Tartu_kinnistusamet, lk 47
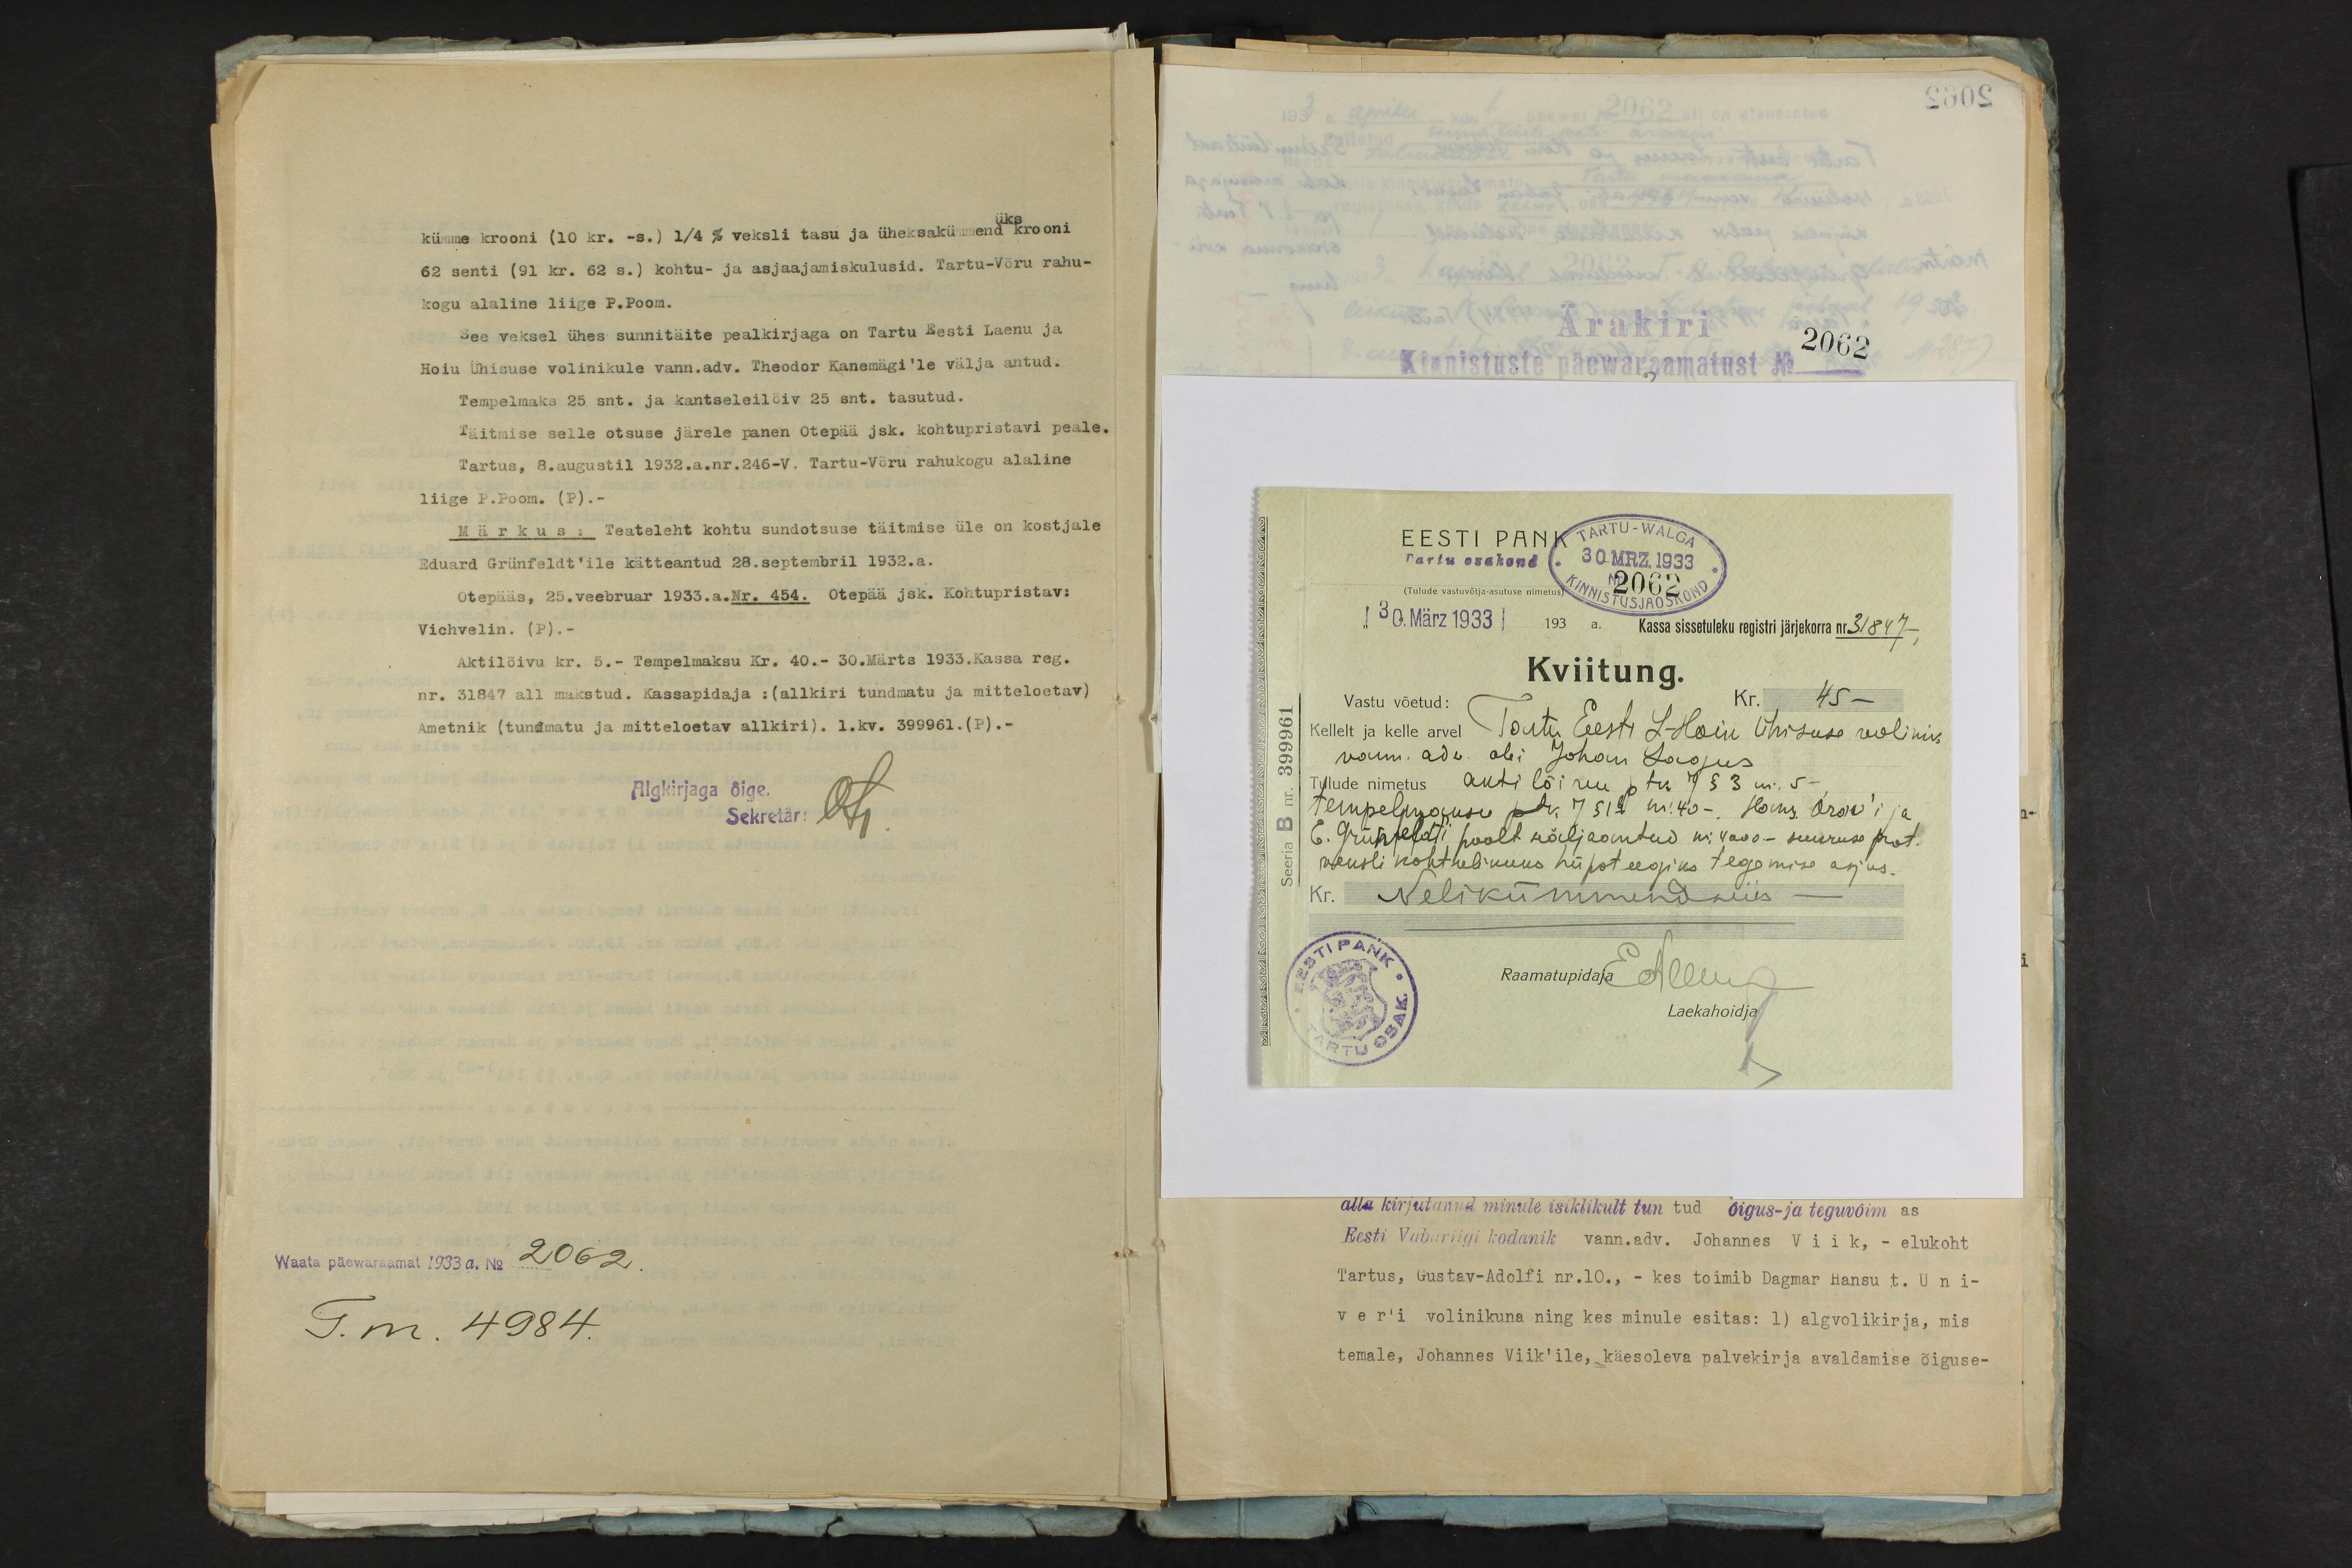
2062
Ärakiri
Kinnistuste päewaraamatust

kümme krooni (10 kr. -s.) 1/4 % veksli tasu ja üheksakümmend üks krooni
62 senti (91 kr. 62 s.) kohtu- ja asjaajamiskulusid. Tartu-Võru rahu-
kogu alaline liige P.Poom.
See veksel ühes sunnitäite pealkirjaga on Tartu Eesti Laenu ja
Hoiu Ühisuse volinikule vann.adv. Theodor Kanemägi'le välja antud.
Tempelmaks 25 snt. ja kantseleilõiv 25 snt. tasutud.
Täitmise selle otsuse järele panen Otepää jsk. kohtupristavi peale.
Tartus, 8.augustil 1932.a.nr.246-V. Tartu-Võru rahukogu alaline
liige P.Poom. (P).-
Märkus: Teateleht kohtu sundotsuse täitmise üle on kostjale
Eduard Grünfeldt'ile kätteantud 28.septembril 1932.a.
Otepääs, 25.veebruar 1933.a.Nr. 454. Otepää jsk. Kohtupristav:
Vichvelin. (P).-
Aktilõivu kr. 5.- Tempelmaksu Kr. 40.- 30.Märts 1933.Kassa reg.
nr. 31847 all makstud. Kassapidaja : (allkiri tundmatu ja mitteloetav)
Ametnik (tundmatu ja mitteloetav allkiri). 1.kv. 399961. (P).-
Algkirjaga õige
Sekretär:
Waata päewaraamat 1933 a. No 2062.
T. m. 4984.

EESTI PANK
TARTU-WALGA
30.MRZ. 1933.
Tartu osakond
2062
Tulude vastuvõtja-asutuse nimetus
[30. März 1933] 193 a. Kassa sissetuleku registri järjekorra nr 31847-
Kviitung.
Vastu võetud:
Kr. 45 -
Seeria B nr. 399961
Kellelt ja kelle arvel Tartu Eesti L-Hoiu ühisuse wolinik
vann. adw abi Johan Lagus.
Tulude nimetus akti lõimu ptk 7 § 3 nr. 5.
tempelmaksu p.k. 7 § 1b nr. 40 - Hans Orow'i ja
E. Grüpteldti poolt käljaantud nr 4000 - suuruse prot.
weksli kohtulikuks hüpoteegiks tegemise asjus.
Kr. Nelikümmendviis
Raamatupidaja Alles
Laekahoidja